Indian journal of veterinary science and animal husbandry - Volume 4,
Year: 1934
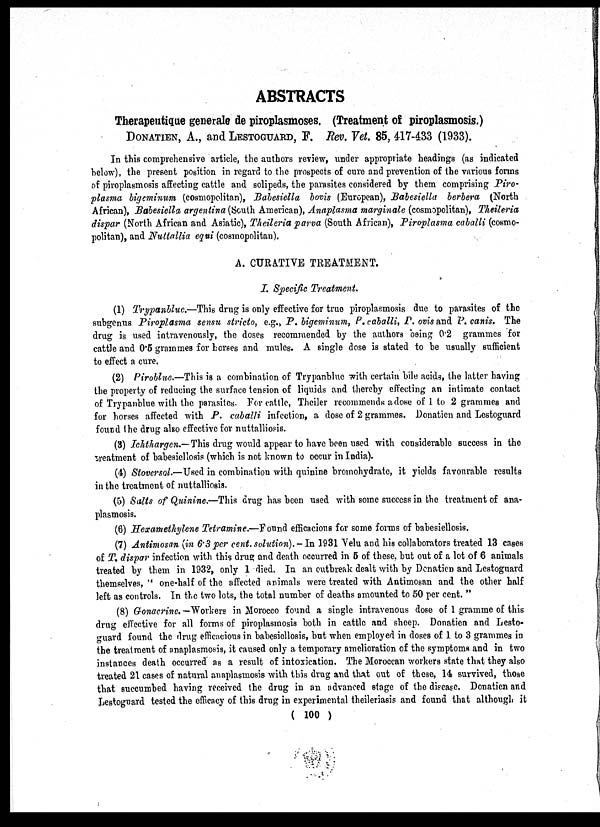
ABSTRACTS
Therapeutique generale de piroplasmoses. (Treatment of piroplasmosis.)
DONATION, A., and LESTOGUARD, F. Rev. Vet. 85, 417-433 (1933).
In this comprehensive article, the authors review, under appropriate headings (as indicated
below), the present position in regard to the prospects of cure and prevention of the various forms
of piroplasmosis affecting cattle and solipeds, the parasites considered by them comprising Piro¬
plasma bigeminum (cosmopolitan), Babesiella bovis (European), Babesiella berbera (North
African), Babesiella argentina (South American), Anaplasma marginale (cosmopolitan), Theileria
dispar (North African and Asiatic), Theileria parva (South African), Piroplasma caballi (cosmo-
politan), and Nuttallia equi (cosmopolitan).
A. CURATIVE TREATMENT.
I. Specific Treatment.
(1) Trypanblue.—This drug is only effective for true piroplasmosis due to parasites of the
subgenus Piroplasma sensu stricto, e.g., P. bigeminum, P. caballi, P. ovis and P. canis. The
drug is used intravenously, the doses recommended by the authors being 0.2 grammes for
cattle and 0.5 grammes for horses and mules. A single dose is stated to be usually sufficient
to effect a cure.
(2) Piroblue.—This is a combination of Trypanblue with certain bile acids, the latter having
the property of reducing the surface tension of liquids and thereby effecting an intimate contact
of Trypanblue with the parasites. For cattle, Theiler recommends a dose of 1 to 2 grammes and
for horses affected with P. caballi infection, a dose of 2 grammes. Donation and Lestoguard
found the drug also effective for nuttalliosis.
(3) Ichthargen.— This drug would appear to have been used with considerable success in the
treatment of babesiellosis (which is not known to occur in India).
(4) Stoversol.—Used in combination with quinine bromohydrate, it yields favourable results
in the treatment of nuttalliosis.
(5) Salts of Quinine,—This drug has been used with some success in the treatment of ana¬
plasmosis.
(6) Hexamethylene Tetramine.—Found efficacious for some forms of babesiellosis.
(7) Antimosan (in 6.3 per cent. solution). - In 1931 Velu and his collaborators treated 13 cases
of T, dispar infection with this drug and death occurred in 5 of these, but out of a lot of 6 animals
treated by them in 1932, only 1 died. In an outbreak dealt with by Denatien and Lestoguard
themselves, " one-half of the affected animals were treated with Antimosan and the other half
left as controls. In the two lots, the total number of deaths amounted to 50 per cent. "
(8) Gonacrine. —Workers in Morocco found a single intravenous dose of 1 gramme of this
drug effective for all forms of piroplasmosis both in cattle and sheep. Donatien and Lesto-
guard found the drug efficacious in babesiellosis, but when employed in doses of 1 to 3 grammes in
the treatment of anaplasmosis, it caused only a temporary amelioration of the symptoms and in two
instances death occurred as a result of intoxication. The Moroccan workers state that they also
treated 21 cases of natural anaplasmosis with this drug and that out of these, 14 survived, those
that succumbed having received the drug in an advanced stage of the disease. Donatien and
Lestoguard tested the efficacy of this drug in experimental theileriasis and found that although it
( 100 )